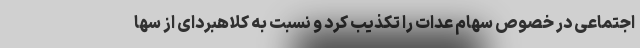
اجتماعی در خصوص سهام عدات را تکذیب کرد و نسبت به کلاهبردای از سها